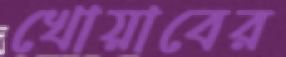
খোয়াবের